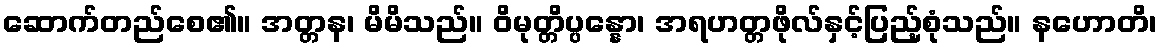
ဆောက်တည်စေ၏။ အတ္တန၊ မိမိသည်။ ဝိမုတ္တိပ္ပန္နော၊ အရဟတ္တဖိုလ်နှင့်ပြည့်စုံသည်။ နဟောတိ၊